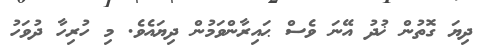
ދިޔަ ގޮތުން ޚުދު އޭނަ ވެސް ޙައިރާންވަމުން ދިޔައެވެ. މި ހުރިހާ ދުވަހު